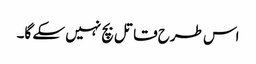
اس طرح قاتل بچ نہیں سکے گا۔